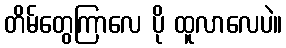
တိမ်တွေကြာလေ ပို ထူလာလေပဲ။